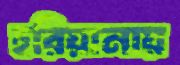
হরিয়ানায়